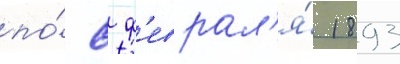
по́ 8 ф'еврал'я́ 1893